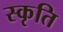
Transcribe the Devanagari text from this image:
स्कृति